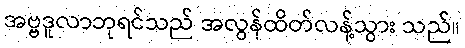
အဗ္ဗဒူလာဘုရင်သည် အလွန်ထိတ်လန့်သွား သည်။